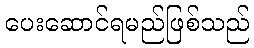
ပေးဆောင်ရမည်ဖြစ်သည်